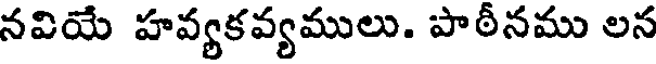
నవియే హవ్యకవ్యములు. పాఠీనము లన